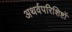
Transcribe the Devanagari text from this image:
अथर्वपरिशिष्टों